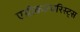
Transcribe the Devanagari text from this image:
एग्रीकल्चरिस्ट्स